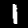
Digit: 1